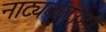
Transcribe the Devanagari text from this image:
नाट्यकृतीही